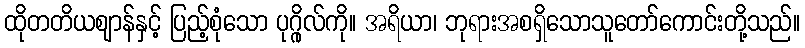
ထိုတတိယဈာန်နှင့် ပြည့်စုံသော ပုဂ္ဂိုလ်ကို။ အရိယာ၊ ဘုရားအစရှိသောသူတော်ကောင်းတို့သည်။